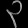
Digit: ၃